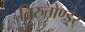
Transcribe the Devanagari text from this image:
तिरुत्तोण्डर्